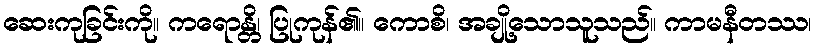
ဆေးကုခြင်းကို။ ကရောန္တိ၊ ပြုကုန်၏။ ကောစိ၊ အချို့သောသူသည်။ ကာမနီတဿ၊